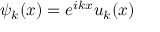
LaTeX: \psi _ { k } ( x ) = e ^ { i k x } u _ { k } ( x )